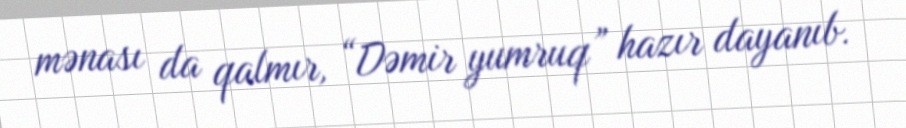
mənası da qalmır, “Dəmir yumruq” hazır dayanıb.